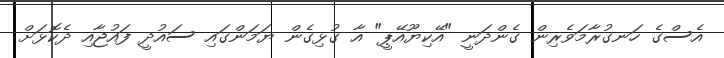
އެސްގެ ހަނގުރާމަވެރިން ގެންދަނީ "އޭކިޔޫއޭޕީ" އާ ގުޅިގެން ޔަމަންގައި ސައުދީ ފައުޖާއި ދެކޮޅަށް